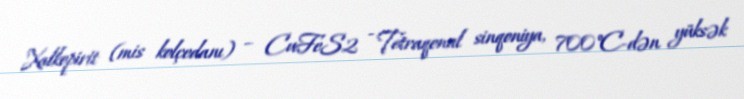
Xalkopirit (mis kolçedanı) – CuFeS2 - Tetraqonal sinqoniya, 700°C-dən yüksək